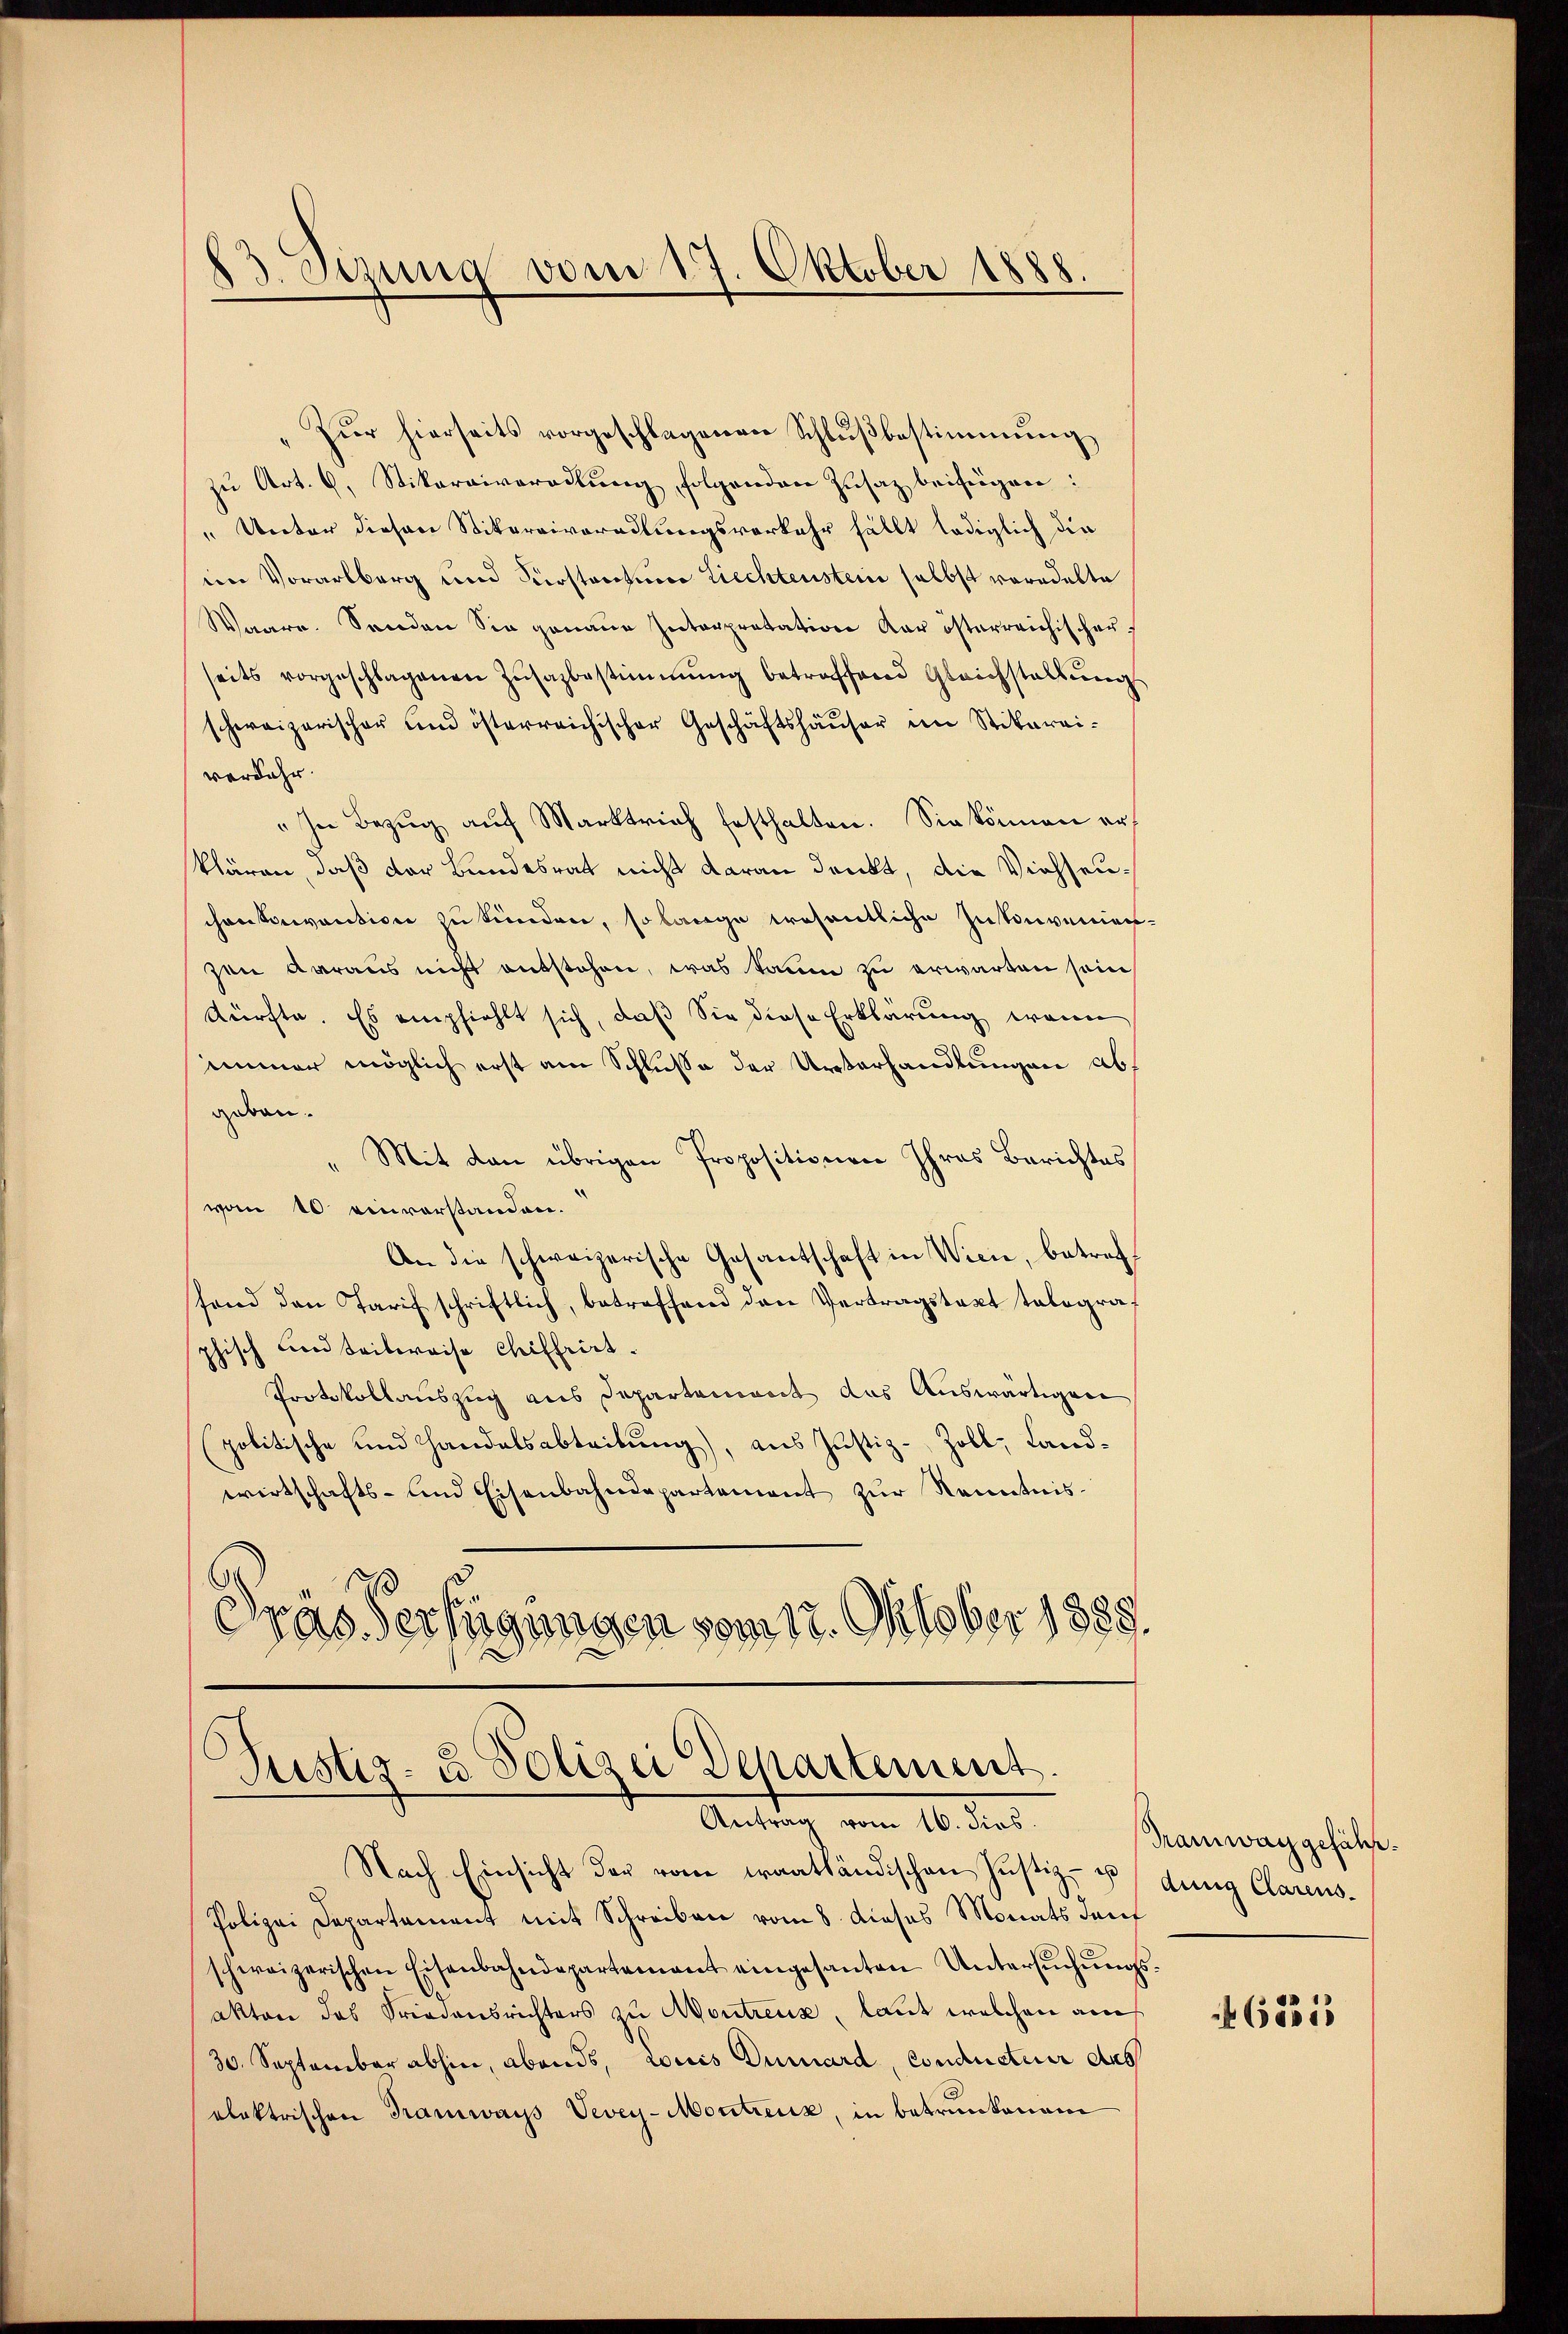
83. Sizung vom 17. Oktober 1888.

Zŭr hierseits vorgeschlagenen Schlŭβbestimmung
zŭ Art. 6. Stikaraiveradlŭng folgenden Zŭsaz beifügen:
" Unter diesen Stikarriveradlungsverkehr fällt lediglich die
im Vorarlberg und Kurstantin Liechtenstein selbst vorodelte
Waare. Senden Sie genaue Interpretation der österreichischen
seits vorgeschlagenen Zŭsazbestimmung betraffend Gleichstallŭng
schweizerischer und österreichischer Geschäftshäŭser im Stikarai-
verfahr.
" In Bezŭg aŭf Marktrich festhalten. Sie können er
klären, daß der Bundesrat nicht daran denkt, die Viehseuchontevantion zu kunden, so lange wesentliche Inkonvenien-
zen daraus nicht entstehen, was kaum zu erwarten sein
dürfte. Es empfiehlt sich, daß Sie diese Erklärung, wenn
immer möglich erst am Schluße der Unterhandlungen abgeau.
Mit den übrigen Propositionen Ihres Berichtes
vom 10 einvorstanden.
An die schweizerische Gesantschaft in Wiene, betreffond den Tarif schriftlich, betreffend den Vertragstaxt telegraf
phisch und teilweise Chiffrirt.
Protokollauszug aus Departement das Auswärtigen
politische und Handelsabteibung), aus Justiz-Zoll, Landwirtschafts- und Eisenbahndepartement zŭr Kenntnis.
(
1
Gras Verfügungen vom 17. Oktober 1888

Justiz- u Polizei Departement.
Antrag vom 16. dies

Nach Einsicht der vom traathändischen Justiz- u
Polizei Departement mit Schreiben vom 8. dieses Monats dan
schweizerischen Eisenbahndepartement eingesanten Untersŭchŭngs-
aktor das Friedensrichters zu Montreux, laut welchen ane
30. September abhin, abends, Louis Dumard, Conducteur aus
elektrischen Tramways Vevey-Montreux, in betrunkenam

Tramwaggefähr.
dung Clarens.

68313